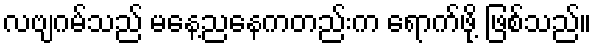
လဗျဂမ်သည် မနေ့ညနေကတည်းက ရောက်ဖို့ ဖြစ်သည်။